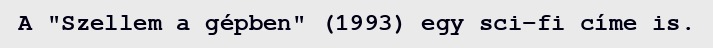
A "Szellem a gépben" (1993) egy sci-fi címe is.